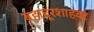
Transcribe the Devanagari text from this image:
बहादूरशाहवर